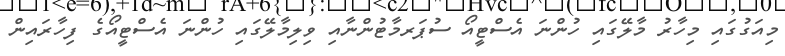
މިއަގުގައި މިހާރު މާލޭގައި ހުންނަ އެސްޓީއޯ ސުޕަރމާޓުންނާއި ވިލިމާލޭގައި ހުންނަ އެސްޓީއޯގެ ފިހާރައިން